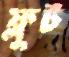
ফ্লুট